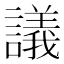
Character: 議